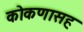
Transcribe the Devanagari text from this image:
कोकणासह